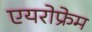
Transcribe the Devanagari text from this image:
एयरोफ्रेम